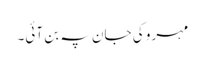
مہرو کی جان پہ بن آئی۔